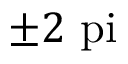
\pm 2 \mathrm { \ p i }